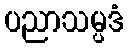
ပညာသမ္ပဒံ